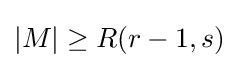
|M|\geq R(r-1,s)